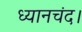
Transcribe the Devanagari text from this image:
ध्यानचंद।